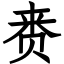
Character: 赉